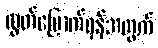
လွတ်မြောက်ရန်အတွက်